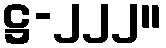
ဋ္ဌ-၂၂၂။